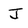
Character: J